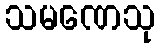
သမဏေသု